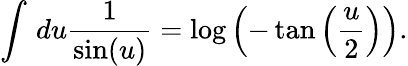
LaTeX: \int\, du\frac{1}{\sin(u)}=\log\left(-\tan\left(\frac{u}{2}\right)\right).